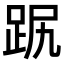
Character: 𧿻